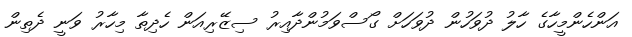
އަންހެންމީހާގެ ހާލު ދުވަހުން ދުވަހަށް ގޯސްވަމުންދާއިރު ސިޒޭރިއަން ހެދިތާ މިހާރު ވަނީ ދެތިން